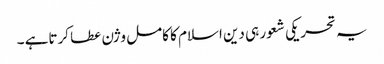
یہ تحریکی شعور ہی دین اسلام کا کامل وژن عطا کرتاہے ۔